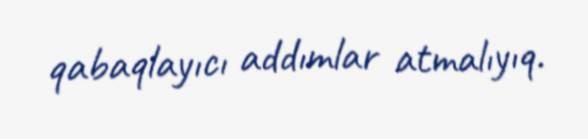
qabaqlayıcı addımlar atmalıyıq.